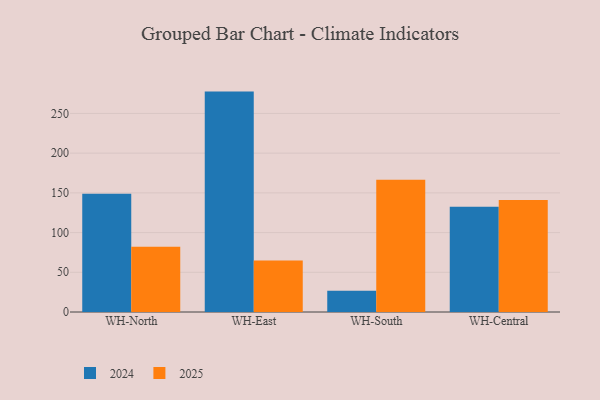
{"axis": {"x": "Warehouse", "y": "Production Output"}, "legend": ["2024", "2025"], "data": [{"x": "WH-North", "y": 148.9, "type": "2024"}, {"x": "WH-North", "y": 82.3, "type": "2025"}, {"x": "WH-East", "y": 277.5, "type": "2024"}, {"x": "WH-East", "y": 64.9, "type": "2025"}, {"x": "WH-South", "y": 26.9, "type": "2024"}, {"x": "WH-South", "y": 166.4, "type": "2025"}, {"x": "WH-Central", "y": 132.4, "type": "2024"}, {"x": "WH-Central", "y": 141.0, "type": "2025"}]}